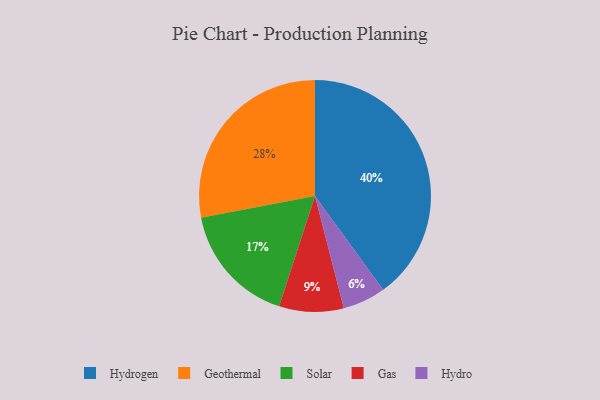
{"axis": {"x": "Category", "y": "Percentage"}, "legend": ["Gas", "Geothermal", "Hydro", "Hydrogen", "Solar"], "data": [{"x": "Geothermal", "y": 28, "type": "Geothermal"}, {"x": "Solar", "y": 17, "type": "Solar"}, {"x": "Gas", "y": 9, "type": "Gas"}, {"x": "Hydrogen", "y": 40, "type": "Hydrogen"}, {"x": "Hydro", "y": 6, "type": "Hydro"}]}